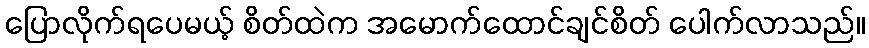
ပြောလိုက်ရပေမယ့် စိတ်ထဲက အမောက်ထောင်ချင်စိတ် ပေါက်လာသည်။